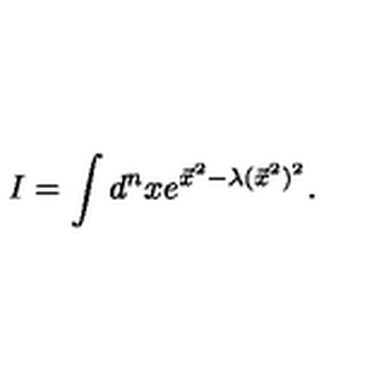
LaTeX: I = \int d ^ { n } x e ^ { \vec { x } ^ { 2 } - \lambda ( \vec { x } ^ { 2 } ) ^ { 2 } } .